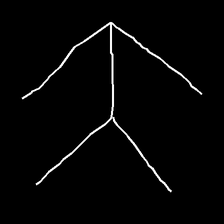
Glyph: gather